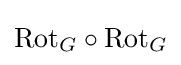
\mathrm {Rot} _{G}\circ \mathrm {Rot} _{G}